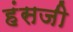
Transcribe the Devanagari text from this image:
हंसजी